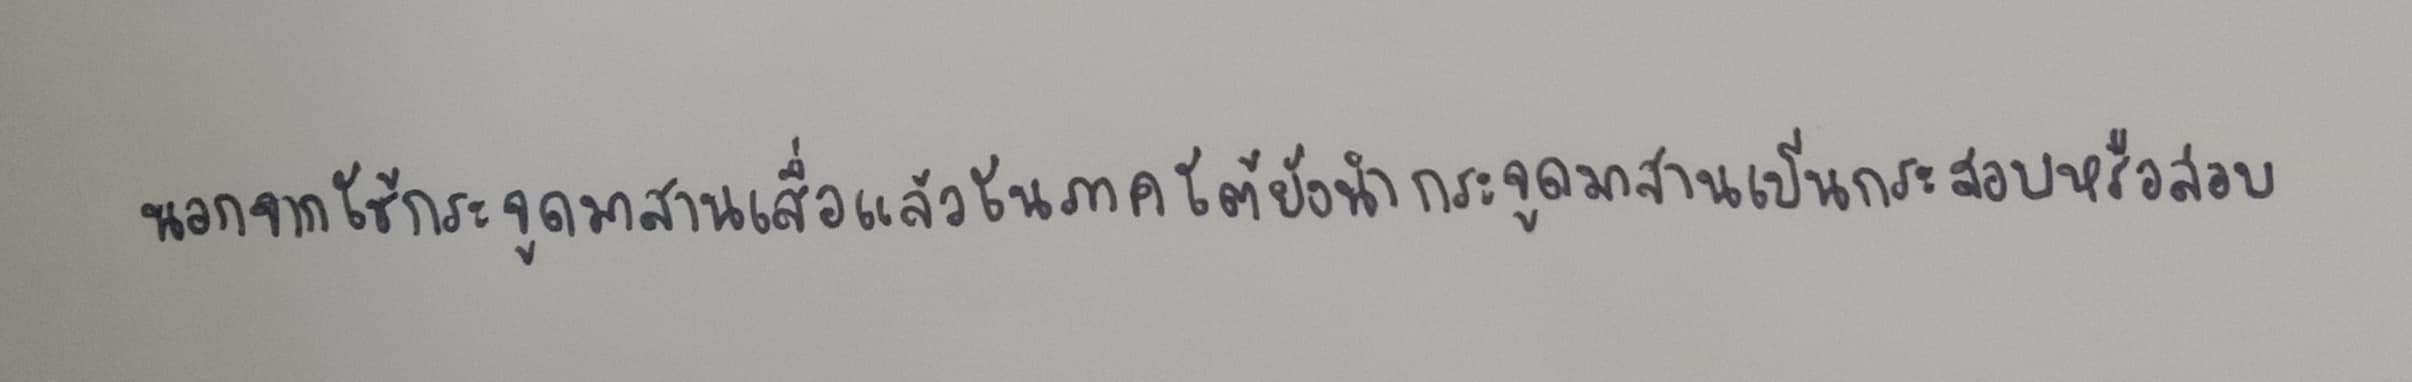
นอกจากใช้กระจูดมาสานเสื่อแล้วในภาคใต้ยังนำกระจูดมาสานเป็นกระสอบหรือสอบ